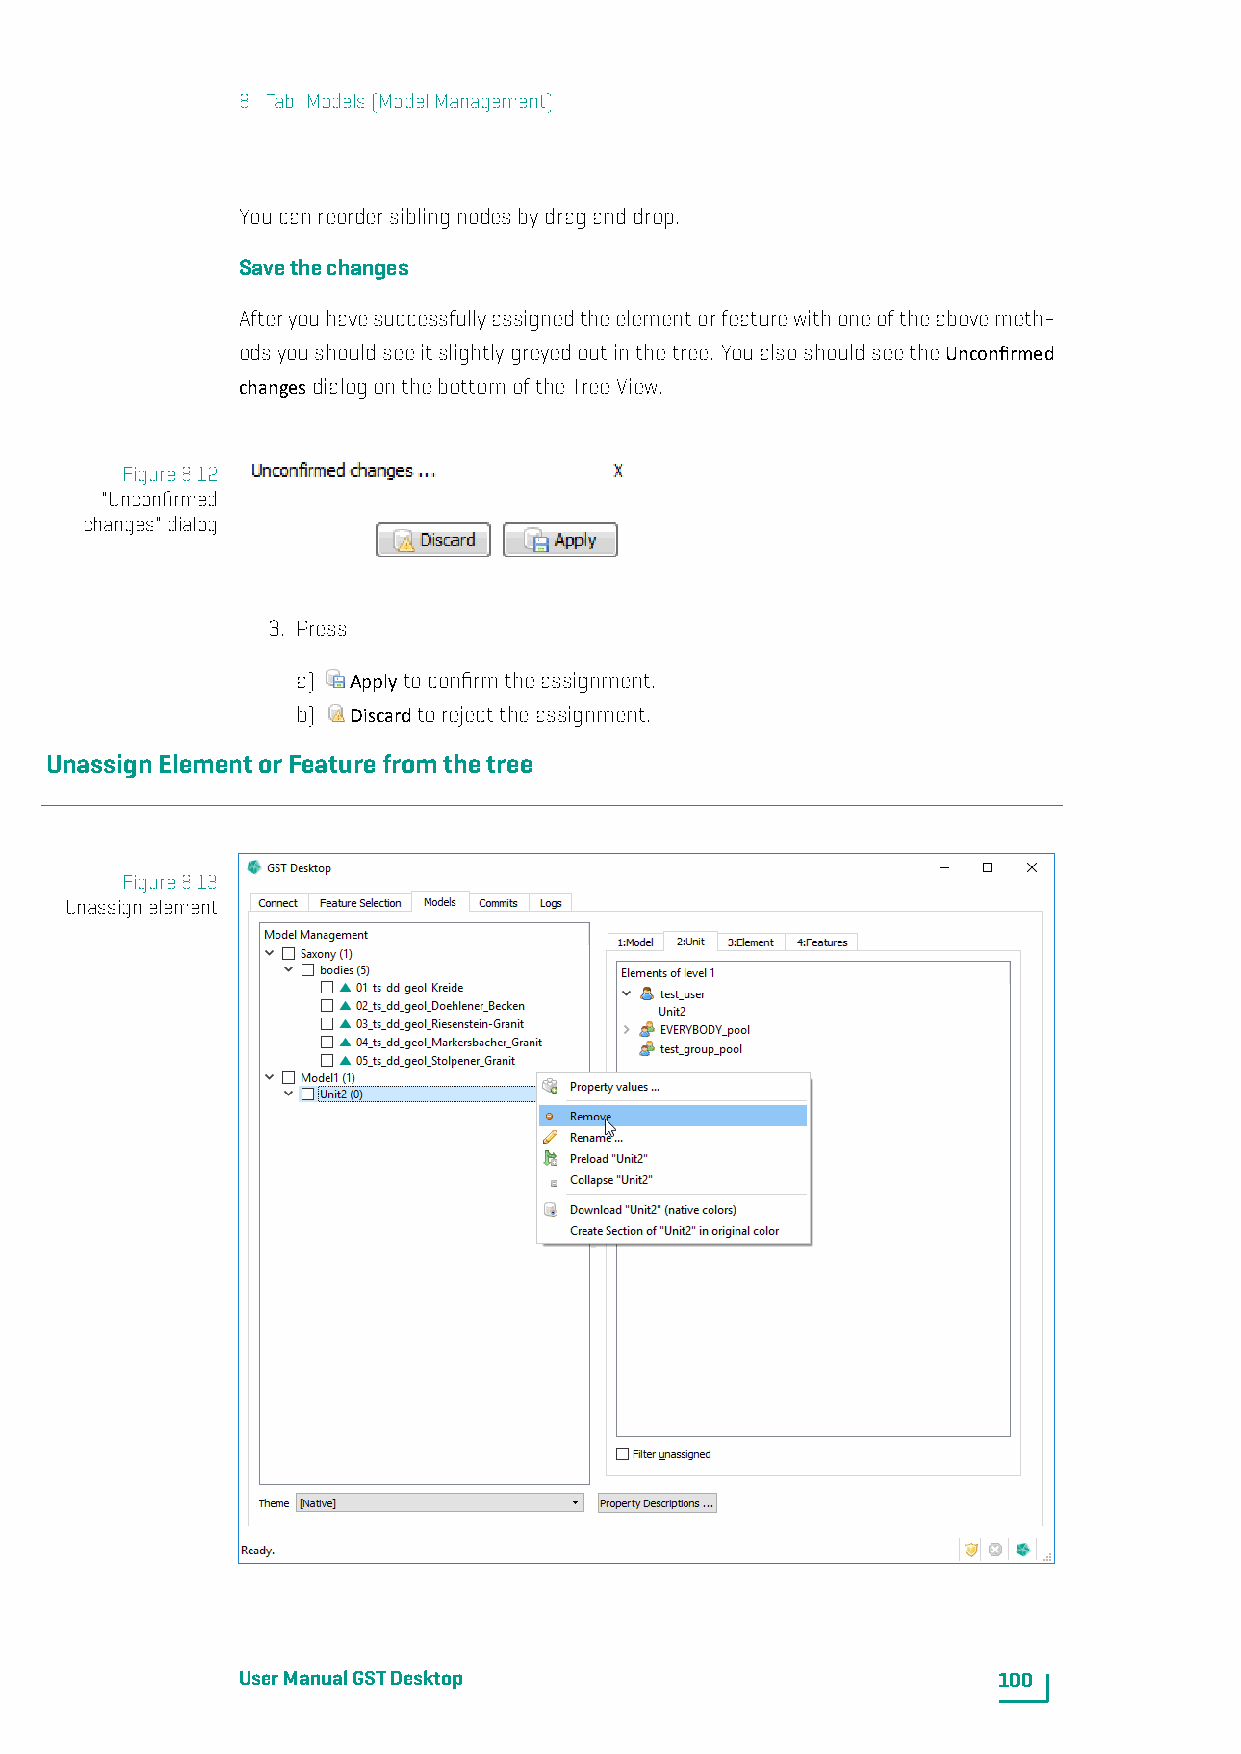
8. Tab: Models(ModelManagement)
 Youcanreordersiblingnodesbydraganddrop.
 Savethechanges
 Afteryouhavesuccessfullyassignedtheelementorfeaturewithoneoftheabovemeth-
 odsyoushouldseeitslightlygreyedoutinthetree. YoualsoshouldseetheUnconfirmed
 changesdialogonthebottomoftheTreeView.
 Figure8.12
 "Unconfirmed
 changes"dialog
 3. Press
 a) Applytoconfirmtheassignment.
 b) Discardtorejecttheassignment.
 UnassignElementorFeaturefromthetree
 Figure8.13
 Unassignelement
 UserManualGSTDesktop                              100